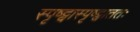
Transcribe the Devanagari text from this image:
स्पृष्ट्वास्पृष्ट्वाततः